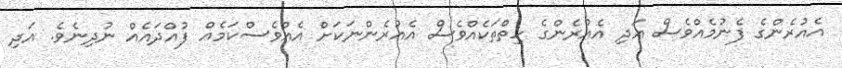
އެއުރެންގެ ފެނުމެއްވެސް އަދި އެއުރެންގެ ހިތްތަކެއްވެސް އެއުރެންނަކަށް އެއްވެސްކަމެއް ފުއްދައެއް ނުދިނެވެ. އަދި